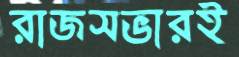
রাজসভারই